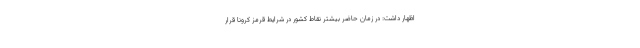
اظهار داشت: در زمان حاضر بیشتر نقاط کشور در شرایط قرمز کرونا قرار